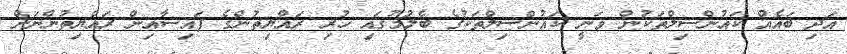
އަދި ބައެއް ކައުންސިލްތަކުން ވަނީ ކައުންސިލްތަކުގެ ބެލުމުގައި ހުރި ރައްޔިތުންގެ ފައިސާއިން ރައްޔިތުންނަށް